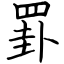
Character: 罫